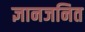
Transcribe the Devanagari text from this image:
ज्ञानजनित